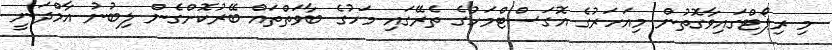
މި ރިޕޯޓްގައިވާގޮތުން މިއަހަރުގެ އޮގަސްޓްމަހުގެ ތެރޭގައި މަހުގެ ބާވަތްތައް ބޭރުކޮށްގެން ލިބުނު އާމްދަނީ